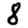
Digit: 8